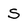
Character: S